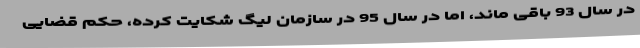
در سال 93 باقی ماند، اما در سال 95 در سازمان لیگ شکایت کرده، حکم قضایی